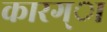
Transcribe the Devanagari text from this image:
कारग्ा